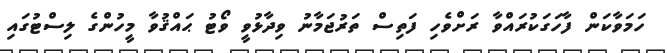
ހަމަވާކަން ފާހަގަކުރައްވާ ރަށްވެހި ފަތިސް ތަރުޖަމާނު ވިދާޅުވީ ވޯޓު ޙައްޤުވާ މީހުންގެ ލިސްޓުގައި